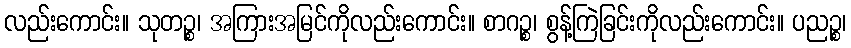
လည်းကောင်း။ သုတဉ္စ၊ အကြားအမြင်ကိုလည်းကောင်း။ စာဂဉ္စ၊ စွန့်ကြဲခြင်းကိုလည်းကောင်း။ ပညဉ္စ၊